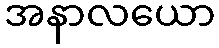
အနာလယော